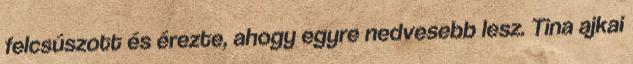
felcsúszott és érezte, ahogy egyre nedvesebb lesz. Tina ajkai